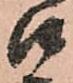
口